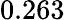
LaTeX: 0.263^{}